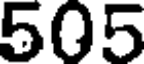
505